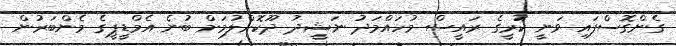
ގެންގޮސްފައި ވަނީ ކުރީގެ ރައީސް މުހައްމަދު ނަޝީދު ދޫކޮށްލުމަށް ބުނެ އެމްޑީޕީގެ މެންބަރުން